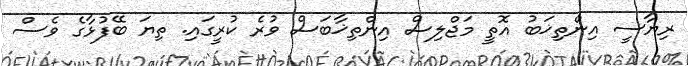
ރިޔާސީ އިންތިޚަބު އޮތީ މަޖްލިސް އިންތިޚާބަސް ވުރެ ކުރީގައި. ތިޔަ ބޭފުޅާގެ ވެސް